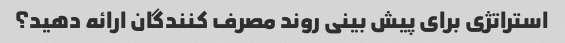
استراتژی برای پیش بینی روند مصرف کنندگان ارائه دهید؟